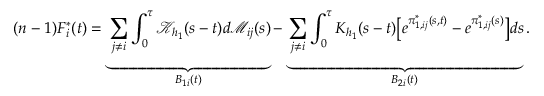
( n - 1 ) F _ { i } ^ { * } ( t ) = \underbrace { \sum _ { j \neq i } \int _ { 0 } ^ { \tau } \mathcal { K } _ { h _ { 1 } } ( s - t ) d \mathcal { M } _ { i j } ( s ) } _ { B _ { 1 i } ( t ) } - \underbrace { \sum _ { j \neq i } \int _ { 0 } ^ { \tau } K _ { h _ { 1 } } ( s - t ) \big [ e ^ { \pi _ { 1 , i j } ^ { * } ( s , t ) } - e ^ { \pi _ { 1 , i j } ^ { * } ( s ) } \big ] d s } _ { B _ { 2 i } ( t ) } .